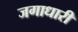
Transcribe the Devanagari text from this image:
जगाधारी